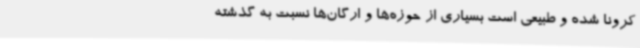
کرونا شده و طبیعی است بسیاری از حوزه‌ها و ارگان‌ها نسبت به گذشته